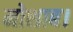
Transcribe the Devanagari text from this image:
मोशाब।